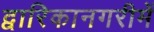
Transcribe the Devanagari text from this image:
द्वारिकानगरीमें